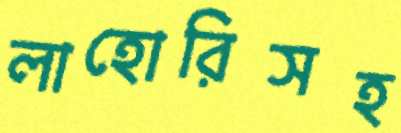
লাহোরিসহ